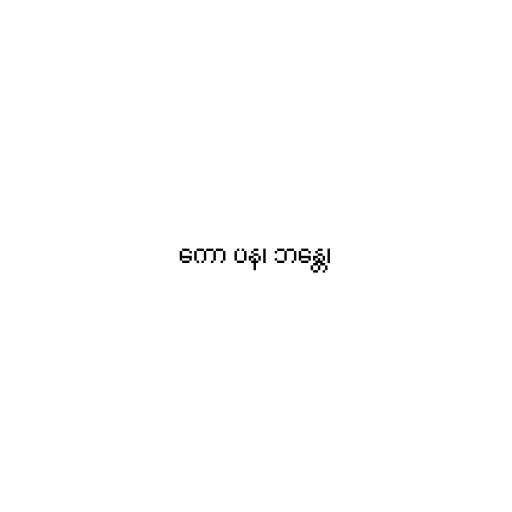
ကော ပန၊ ဘန္တေ၊